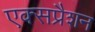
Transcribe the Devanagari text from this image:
एक्सप्रैशन